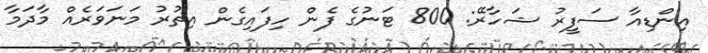
އިންޑިއާ ސަފީރު ޝަހާރޭ: 800 ޓަނުގެ ފެން ހިފައިގެން އިތުރު މަނަވަރެއް މާދަމާ